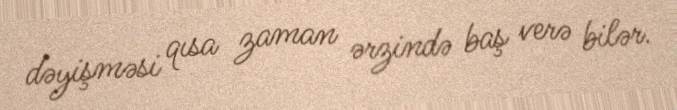
dəyişməsi qısa zaman ərzində baş verə bilər.